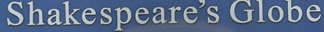
Shakespeare's Globe